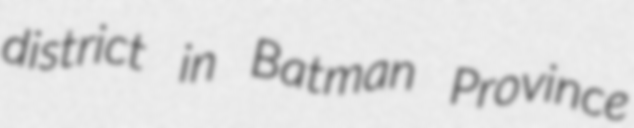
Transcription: district in Batman Province